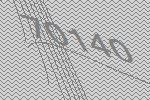
70140